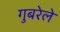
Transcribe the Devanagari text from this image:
गुबरेले